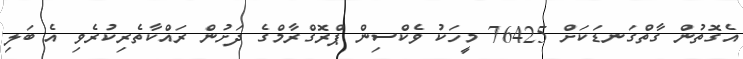
އެގޮތުން ގާތްގަނޑަކަށް 76425 މީހަކު ވެކްސިން ޕްރޮގްރާމްގެ ދަށުން ރައްކާތެރިކުރެވި އެ ބަލި